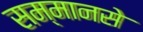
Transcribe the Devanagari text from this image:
सम्मानसे